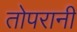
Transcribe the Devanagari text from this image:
तोपरानी